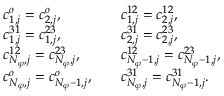
\begin{array} { r l r l } & { c _ { 1 , j } ^ { o } = c _ { 2 , j } ^ { o } , } & & { c _ { 1 , j } ^ { 1 2 } = c _ { 2 , j } ^ { 1 2 } , } \\ & { c _ { 1 , j } ^ { 3 1 } = c _ { 1 , j } ^ { 2 3 } , } & & { c _ { 2 , j } ^ { 3 1 } = c _ { 2 , j } ^ { 2 3 } , } \\ & { c _ { N _ { \varphi } , j } ^ { 1 2 } = c _ { N _ { \varphi } , j } ^ { 2 3 } , } & & { c _ { N _ { \varphi } - 1 , j } ^ { 1 2 } = c _ { N _ { \varphi } - 1 , j } ^ { 2 3 } , } \\ & { c _ { N _ { \varphi } , j } ^ { o } = c _ { N _ { \varphi } - 1 , j } ^ { o } , } & & { c _ { N _ { \varphi } , j } ^ { 3 1 } = c _ { N _ { \varphi } - 1 , j } ^ { 3 1 } . } \end{array}